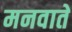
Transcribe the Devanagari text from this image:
मनवाते